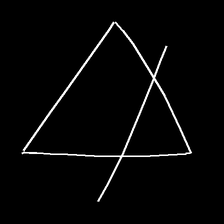
Glyph: empower